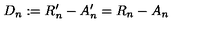
D _ { n } : = R _ { n } ^ { \prime } - A _ { n } ^ { \prime } = R _ { n } - A _ { n }